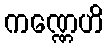
ကဏ္ဏေဟိ